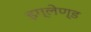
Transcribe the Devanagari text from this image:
इग्‍लेण्‍ड